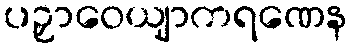
ပဉှာဝေယျာကရဏေန